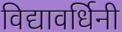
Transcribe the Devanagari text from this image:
विद्यावर्धिनी